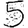
Digit: 5